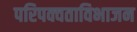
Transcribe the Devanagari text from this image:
परिपक्वताविभाजन